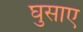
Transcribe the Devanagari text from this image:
घुसाए